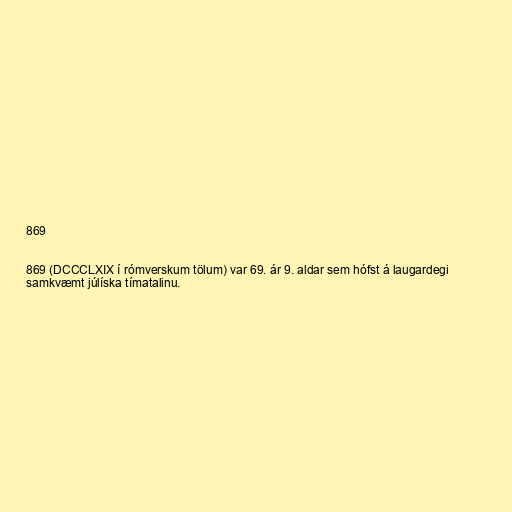
869

869 (DCCCLXIX í rómverskum tölum) var 69. ár 9. aldar sem hófst á laugardegi
samkvæmt júlíska tímatalinu.